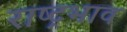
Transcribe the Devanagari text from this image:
राष्ट्रभाव